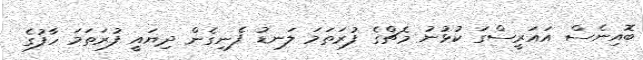
ބޮއިނެސް އައަރީސްގަ ކުޅުނު މެޗްގެ ފުރަތަމަ ލަނޑު ފެނިގެން ދިޔައީ ފުރަތަމަ ހާފުގެ